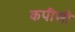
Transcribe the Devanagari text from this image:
कपीसी